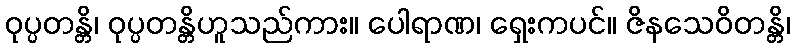
ဝုပ္ပတန္တိ၊ ဝုပ္ပတန္တိဟူသည်ကား။ ပေါရာဏ၊ ရှေးကပင်။ ဇိနသေဝိတန္တိ၊